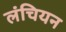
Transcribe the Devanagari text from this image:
लंचियन